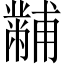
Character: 黼